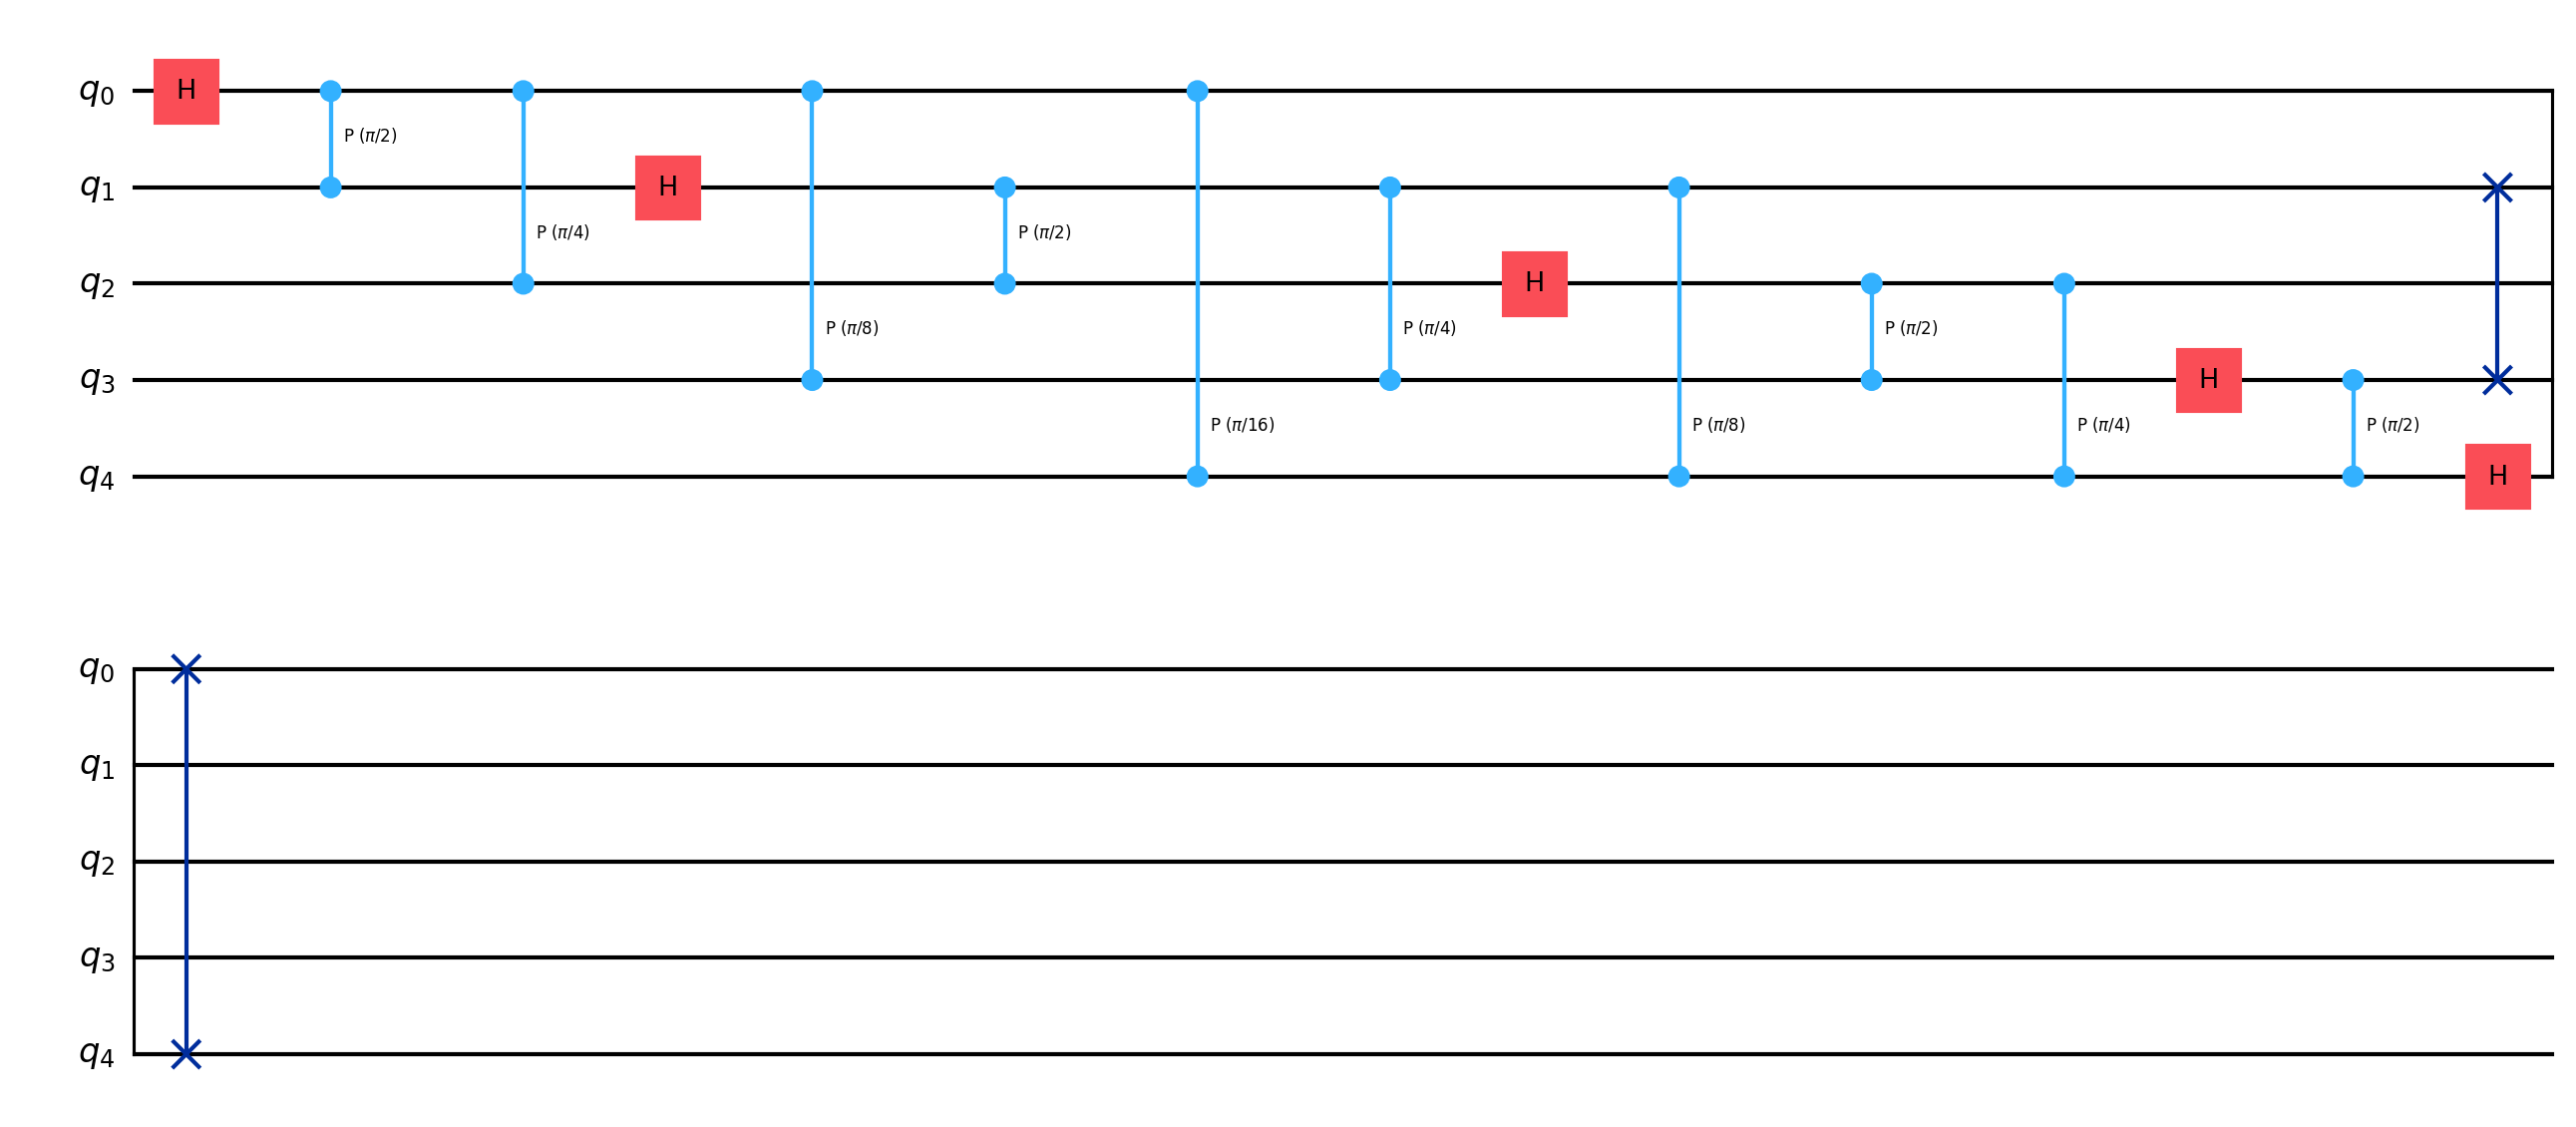
Description: 5-qubit Quantum Fourier Transform
描述: 5量子比特量子傅里叶变换
Category: qubit_scaling (difficulty: intermediate)
Qubits: 5, circuit depth: 10

Braket implementation:
import math
from braket.circuits import Circuit
circuit = Circuit()
for i in range(5):
    circuit.h(i)
    for j in range(i + 1, 5):
        circuit.cphaseshift(j, i, math.pi / 2 ** (j - i))
circuit.swap(0, 4)
circuit.swap(1, 3)

Qiskit implementation:
import math
from qiskit import QuantumCircuit
circuit = QuantumCircuit(5)
for i in range(5):
    circuit.h(i)
    for j in range(i + 1, 5):
        circuit.cp(math.pi / 2 ** (j - i, j, i))
circuit.swap(0, 4)
circuit.swap(1, 3)